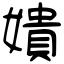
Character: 嬇